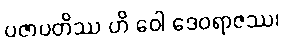
ပဇာပတိဿ ဟိ ဝေါ ဒေဝရာဇဿ၊